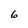
Character: 6